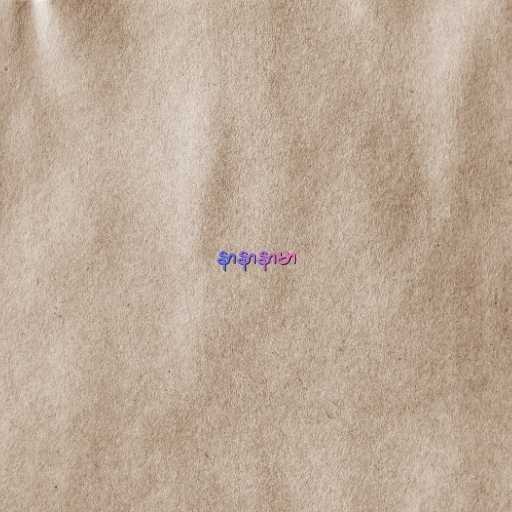
နာနာနာမာ